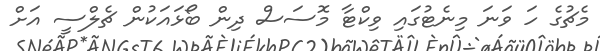
މެޗުގެ ހަ ވަނަ މިނެޓުގައި ވިކްޓާ މޮސަސް ދިން ބޯޅައަކުން ޗެލްސީ އަށް